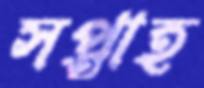
সপ্তাহ